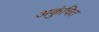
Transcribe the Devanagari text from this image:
अकुंचित